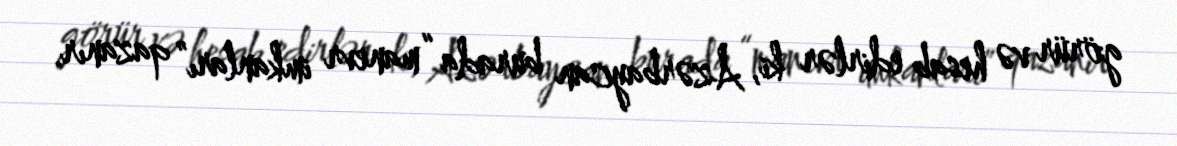
görür və hesab edirlər ki, Azərbaycan burada “manevr imkanları” qazanır.